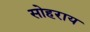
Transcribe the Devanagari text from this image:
सोहराय